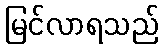
မြင်လာရသည်